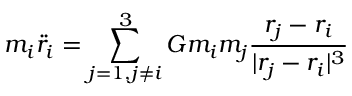
m _ { i } \boldsymbol { \ddot { r } _ { i } } = \sum _ { j = 1 , j \neq i } ^ { 3 } G m _ { i } m _ { j } \frac { \boldsymbol { r _ { j } } - \boldsymbol { r _ { i } } } { | \boldsymbol { r _ { j } } - \boldsymbol { r _ { i } } | ^ { 3 } } \centering